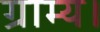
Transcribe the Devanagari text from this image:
ग्राम्य।